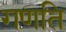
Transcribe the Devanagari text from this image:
गणति